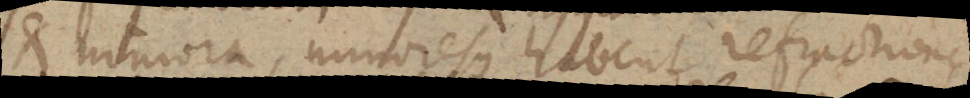
et minora, minoresque habent refractiones